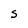
Character: S